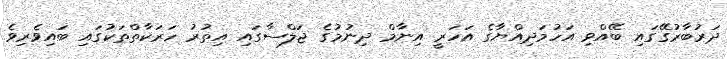
ދަރުބާރުގޭގައި ބޭއްވި އަހުމަދިއްޔާގެ އަހަރީ އިނާމް ދިނުމުގެ ޖަލްސާގައި އިތުރު ހަރަކާތްތަކުގައި ބައިވެރިވެ